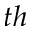
^ { t h }